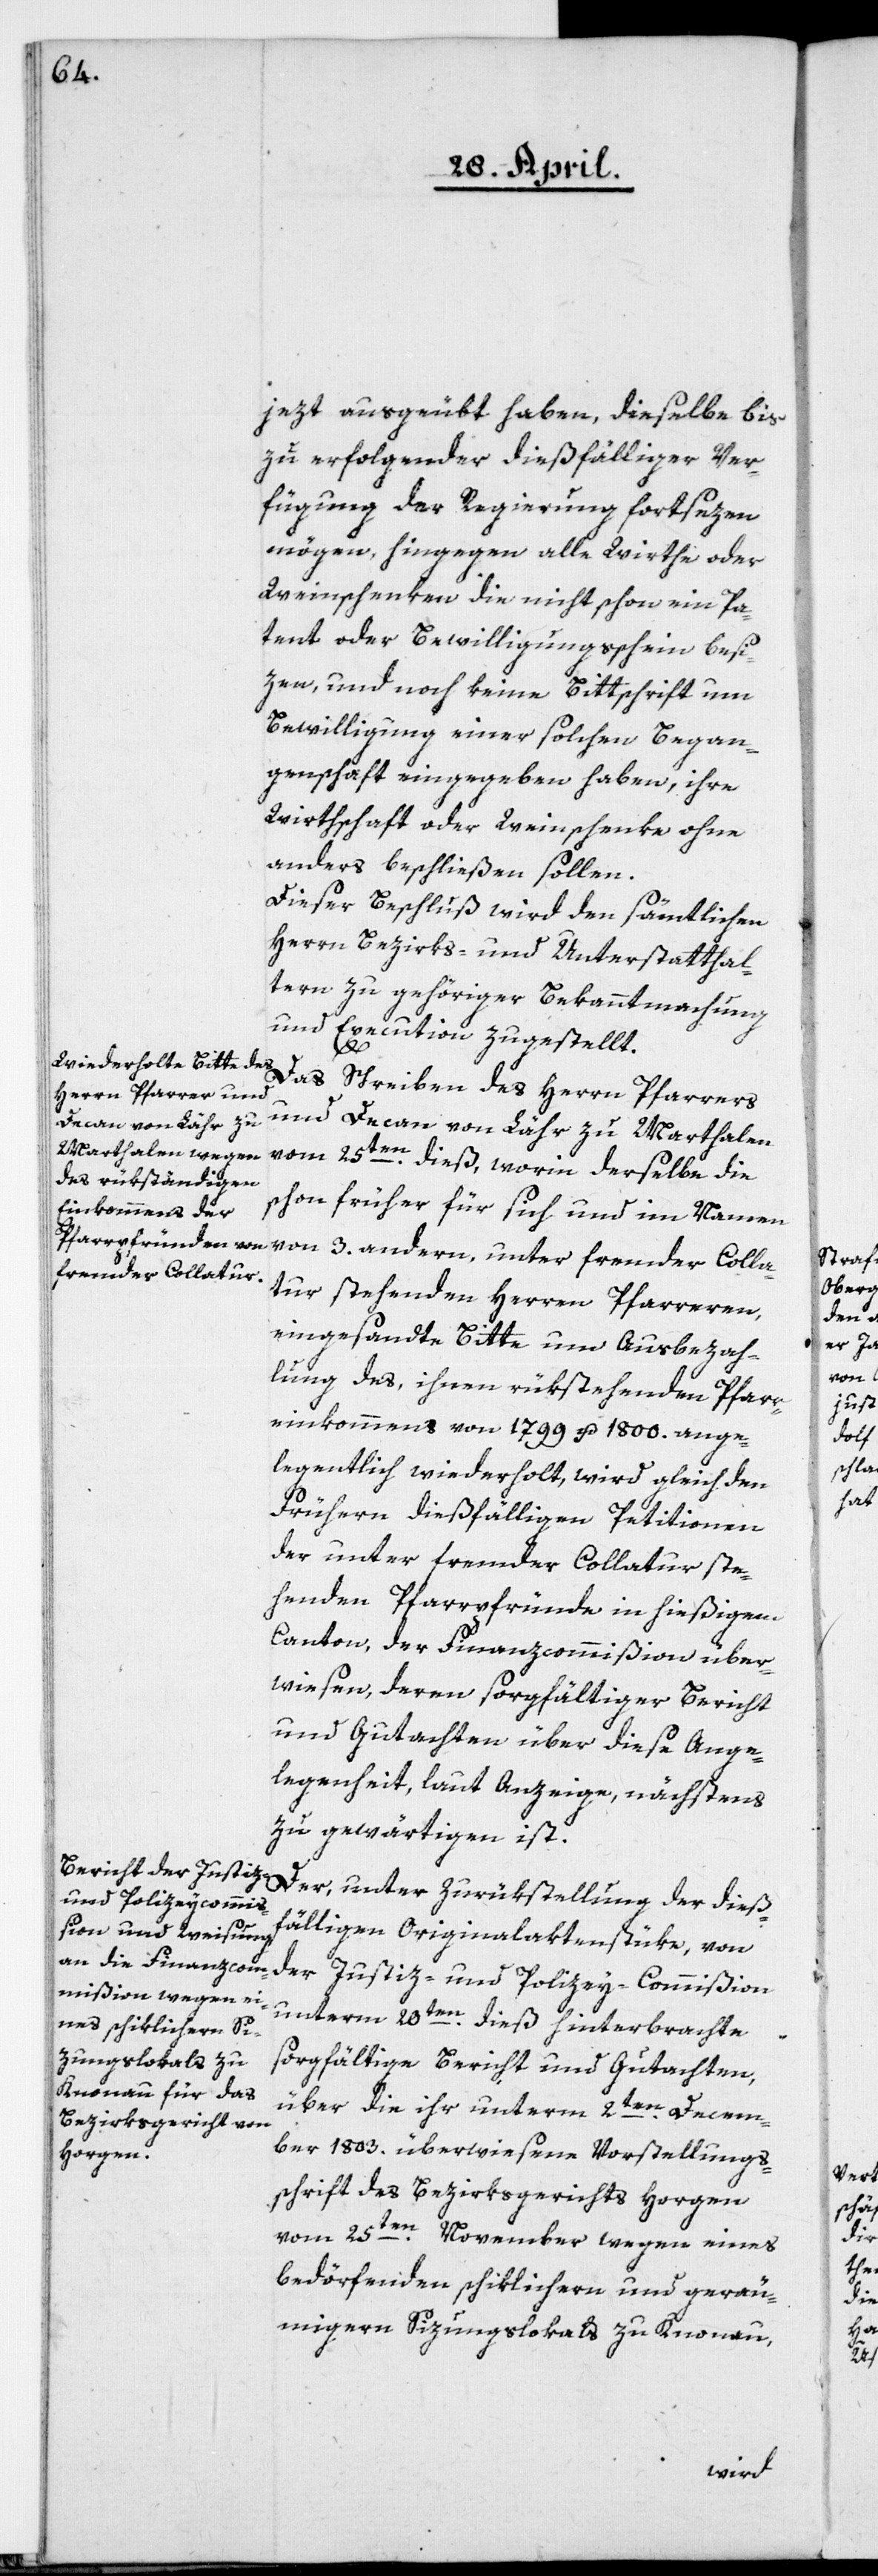
jezt ausgeübt haben, dieselbe bis
zu erfolgender dießfälliger Ver¬
fügung der Regierung fortsezen
mögen, hingegen alle Wirthe oder
Weinschenken die nicht schon ein Pa¬
tent oder Bewilligungßchein besi¬
zen, und noch keine Bittschrift um
Bewilligung einer solchen Began¬
genschaft eingegeben haben, ihre
Wirthschaft oder Weinschenke ohne
anders beschließen sollen.
Dieser Beschluß wird den sämtlichen
Herrn Bezirks- und Unterstatthal¬
tern zu gehöriger Bekanntmachung
und Execution zugestellt.
Das Schreiben des Herrn Pfarrers
und Decan von Lähr zu Marthalen
vom 25t¬
en dieß, worin derselbe die
schon früher für sich und im Namen
von 3. andern, unter fremder Colla¬
tur stehenden Herrn Pfarreren,
eingesandte Bitte um Ausbezah¬
lung des, ihnen rükstehenden Pfarr¬
einkommens von 1799 u. 1800. ange¬
legentlich wiederholt, wird gleich den
frühern dießfälligen Petitionen
der unter fremder Collatur ste¬
henden Pfarrpfründe in hießigem
Canton, der Finanzcommißion über¬
wiesen, deren sorgfältiger Bericht
und Gutachten über diese Ange¬
legenheit, laut Anzeige, nächstens
zu gewärtigen ist.
Der, unter Zurükstellung der dieß¬
und Polizey-Commißion
fälligen Originalaktenstüke von
unterm 20ten dieß hinterbrachte
sorgfältige Bericht und Gutachten,
über die ihr unterm 2ten Decem¬
ber 1803. überwiesene Vorstellungs¬
schrift des Bezirksgerichts Horgen
vom 25ten November wegen eines
bedörfenden schiklichern und geräu¬
migern Sizungslokals zu Knonau,